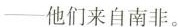
--他们来自南非。